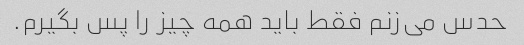
حدس می‌زنم فقط باید همه چیز را پس بگیرم.